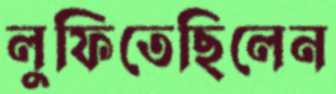
লুফিতেছিলেন